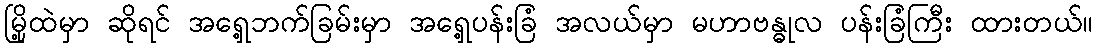
မြို့ထဲမှာ ဆိုရင် အရှေ့ဘက်ခြမ်းမှာ အရှေ့ပန်းခြံ အလယ်မှာ မဟာဗန္ဓုလ ပန်းခြံကြီး ထားတယ်။